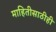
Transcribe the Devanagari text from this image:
माहितीसाठीही